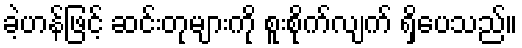
ခဲ့ဟန်ဖြင့် ဆင်းတုများကို စူးစိုက်လျက် ရှိပေသည်။